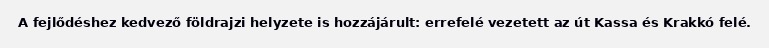
A fejlődéshez kedvező földrajzi helyzete is hozzájárult: errefelé vezetett az út Kassa és Krakkó felé.